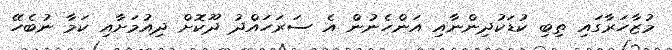
މުޒާހަރާގައި ތިބި ކުޑަކުދިންނާއި އަންހެނުން އެ ސަރަހައްދު ދޫކޮށް ދިއުމަށާއި ކަމާ ނުބެހޭ